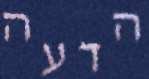
הדעה